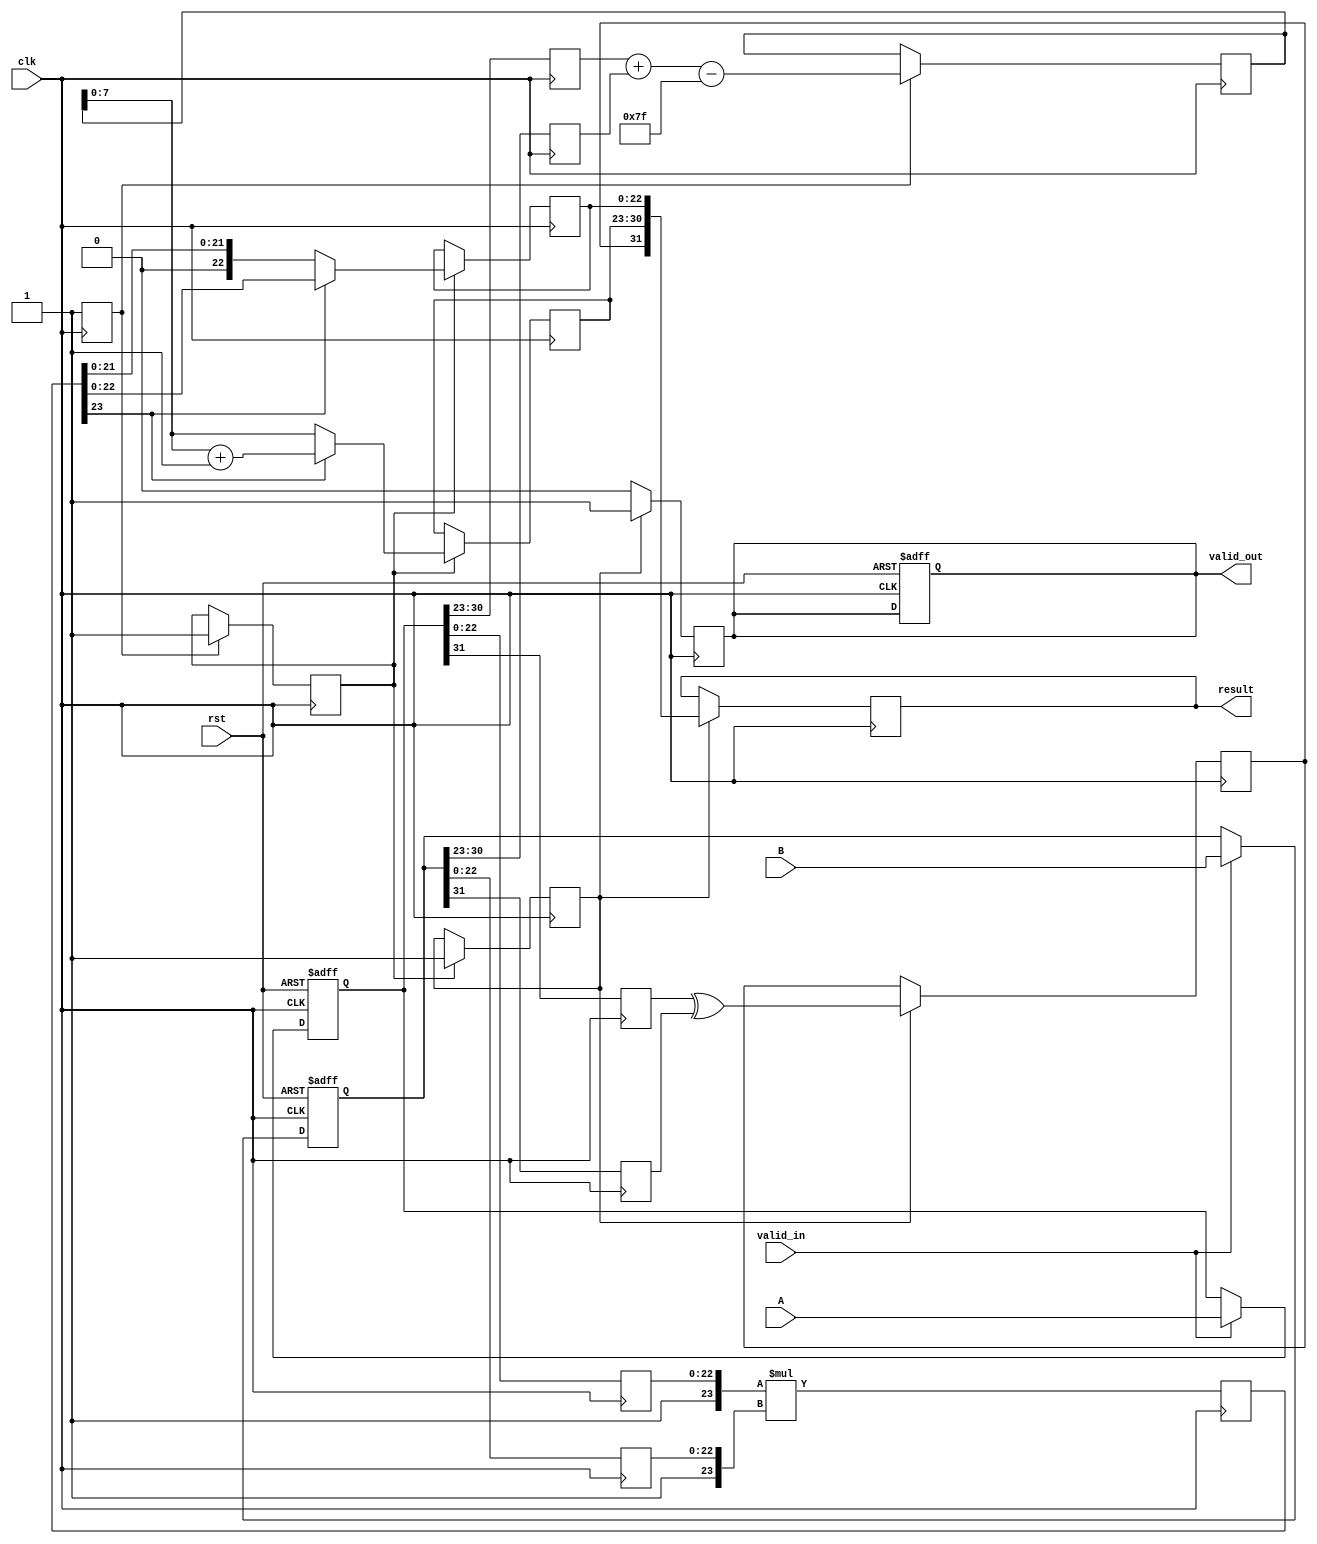
module floating_point_multiplier (
    input clk,
    input rst,
    input valid_in,
    input [31:0] A, // First operand (IEEE 754 single precision)
    input [31:0] B, // Second operand (IEEE 754 single precision)
    output reg valid_out,
    output reg [31:0] result // Result (IEEE 754 single precision)
);

// Pipeline registers
reg [31:0] A_reg, B_reg;
reg [7:0] exp_A, exp_B, exp_result;
reg [22:0] mant_A, mant_B, mant_result;
reg sign_A, sign_B, sign_result;
reg [23:0] mant_product;
reg [8:0] exp_temp;
reg [4:0] normalization_shift;

// Control signals
reg norm_done, mult_done, exp_done, round_done;

// Input Stage
always @(posedge clk or posedge rst) begin
    if (rst) begin
        A_reg <= 32'b0;
        B_reg <= 32'b0;
        valid_out <= 1'b0;
    end else if (valid_in) begin
        A_reg <= A;
        B_reg <= B;
    end
end

// Normalization Stage
always @(posedge clk) begin
    // Extracting fields
    sign_A <= A_reg[31];
    sign_B <= B_reg[31];
    exp_A <= A_reg[30:23];
    exp_B <= B_reg[30:23];
    mant_A <= A_reg[22:0];
    mant_B <= B_reg[22:0];

    // Normalize mantissas (assume they are already normalized for simplicity)
    // Adjust exponent in case of denormalized numbers (not fully implemented).
    // Actual normalization logic should be considered for edge cases.
end

// Multiplication Stage
always @(posedge clk) begin
    mant_product <= {1'b1, mant_A} * {1'b1, mant_B}; // Multiply mantissas
    mult_done <= 1'b1; // Indicate multiplication is done
end

// Exponent Calculation Stage
always @(posedge clk) begin
    if (mult_done) begin
        exp_temp <= exp_A + exp_B - 8'd127; // Subtract bias
        exp_done <= 1'b1; // Indicate exponent calculation is done
    end
end

// Normalization of Result
always @(posedge clk) begin
    if (exp_done) begin
        // This is a simplified normalization process, real design should include shifting and checking for overflow.
        if (mant_product[23]) begin
            mant_result <= mant_product[22:0];
            exp_result <= exp_temp + 1; // Adjust exponent for normalization
        end else begin
            mant_result <= mant_product[21:0];
            exp_result <= exp_temp; // No adjustment needed
        end
    end
end

// Rounding Stage
always @(posedge clk) begin
    if (exp_done) begin
        // Rounding logic (to nearest)
        // Assuming we keep the simplest rounding (round to nearest)
        round_done <= 1'b1; // Indicate rounding is done
    end
end

// Output Stage
always @(posedge clk) begin
    if (round_done) begin
        sign_result <= sign_A ^ sign_B; // XOR for sign of result
        result <= {sign_result, exp_result[7:0], mant_result[22:0]};
        valid_out <= 1'b1; // Output is valid
    end else begin
        valid_out <= 1'b0; // Reset valid out if not ready
    end
end

endmodule